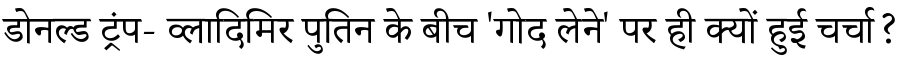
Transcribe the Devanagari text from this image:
डोनल्ड ट्रंप- व्लादिमिर पुतिन के बीच 'गोद लेने' पर ही क्यों हुई चर्चा?